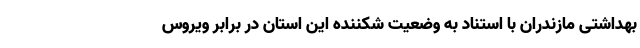
بهداشتی مازندران با استناد به وضعیت شکننده این استان در برابر ویروس